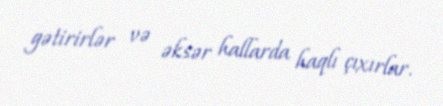
gətirirlər və əksər hallarda haqlı çıxırlar.